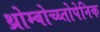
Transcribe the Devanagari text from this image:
थ्रोम्बोच्य्तोपेनिक